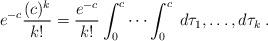
LaTeX: \begin{align*}e^{-c}\frac{(c)^k}{k!}=\frac{e^{-c}}{k!}\int_0^{c}\cdots\int_0^{c} \;d\tau_1,\ldots,d\tau_k\;.\end{align*}